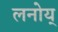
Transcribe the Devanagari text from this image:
लनोय्